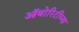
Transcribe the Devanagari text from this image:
ऑथोरिटीच्या